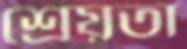
শ্রেয়তা